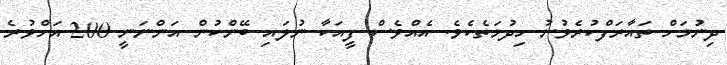
ދިނުމަށް ތައާރަފްކުރެވުނު ހިދުމަތެކެވެ. އެއްވެސް ފީއަކާ ނުލައި ބޭންކުން އަންނަނީ 200 އަށްވުރެ